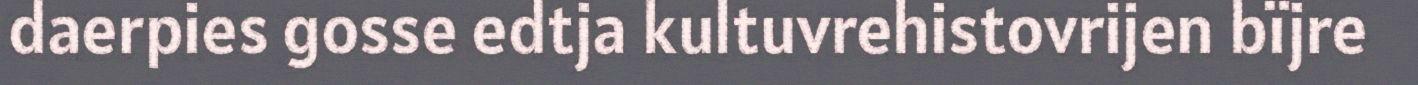
daerpies gosse edtja kultuvrehistovrijen bïjre